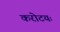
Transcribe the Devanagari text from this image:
करोटयः